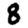
Digit: 8